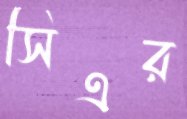
সিএর